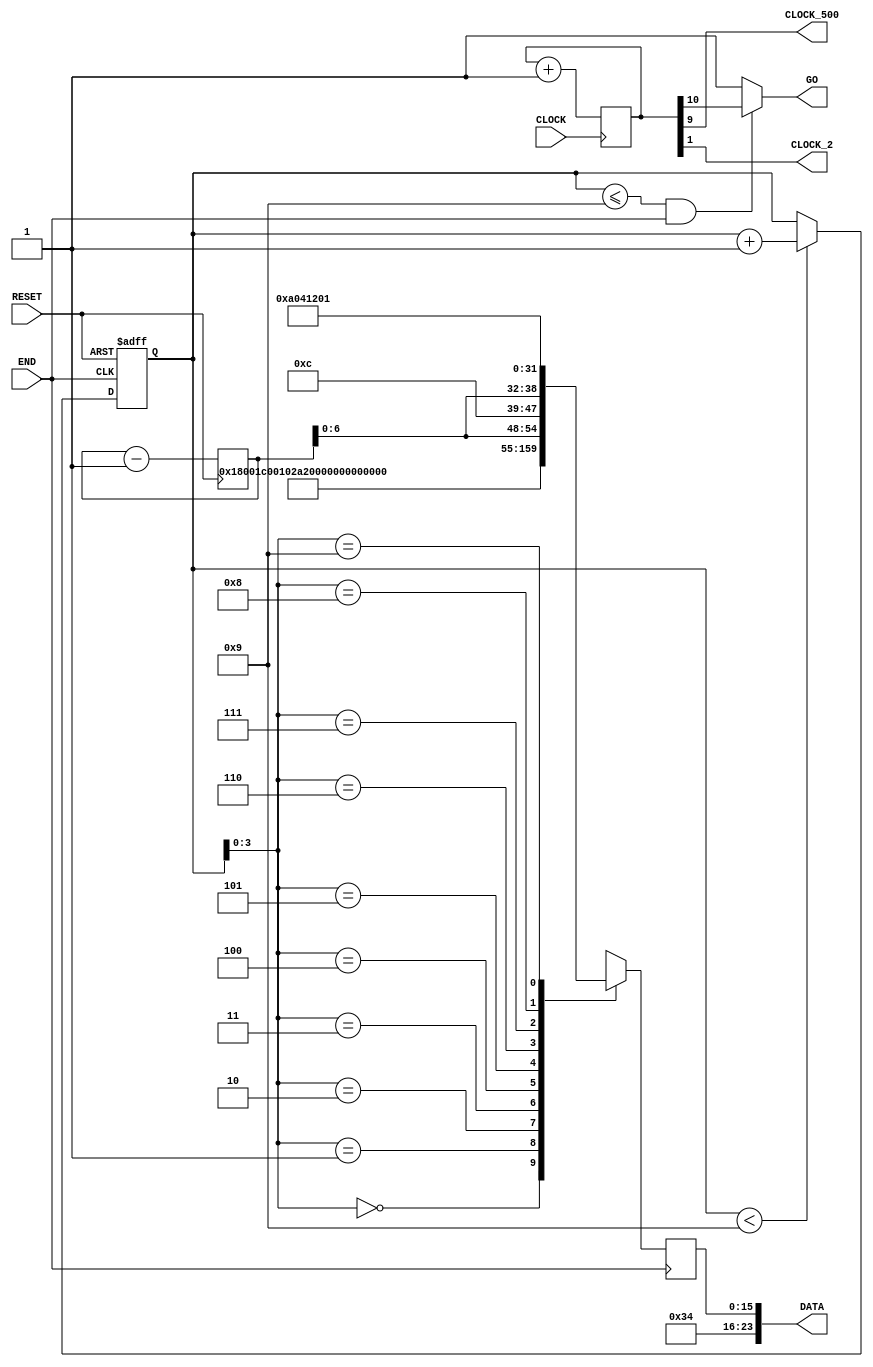
// --------------------------------------------------------------------
// Copyright (c) 2005 by Terasic Technologies Inc. 
// --------------------------------------------------------------------
//
// Permission:
//
//   Terasic grants permission to use and modify this code for use
//   in synthesis for all Terasic Development Boards and Altrea Development 
//   Kits made by Terasic.  Other use of this code, including the selling 
//   ,duplication, or modification of any portion is strictly prohibited.
//
// Disclaimer:
//
//   This VHDL or Verilog source code is intended as a design reference
//   which illustrates how these types of functions can be implemented.
//   It is the user's responsibility to verify their design for
//   consistency and functionality through the use of formal
//   verification methods.  Terasic provides no warranty regarding the use 
//   or functionality of this code.
//
// --------------------------------------------------------------------
//           
//                     Terasic Technologies Inc
//                     356 Fu-Shin E. Rd Sec. 1. JhuBei City,
//                     HsinChu County, Taiwan
//                     302
//
//                     web: http://www.terasic.com/
//
// --------------------------------------------------------------------
//
// Major Functions: I2C output data
//
// --------------------------------------------------------------------
//
// Revision History :
// --------------------------------------------------------------------
//   Ver  :| Author             :| Mod. Date :| Changes Made:
//   V1.0 :| Joe Yang           :| 05/07/10  :|      Initial Revision
// --------------------------------------------------------------------
`define rom_size 6'd9

module CLOCK_500 (
	CLOCK,
	CLOCK_500,
	DATA,
	END,
	RESET,
	GO,
	CLOCK_2
);
	input  CLOCK;
	input  END;
	input  RESET;
	output CLOCK_500;
	output [23:0]DATA;
	output GO;
	output CLOCK_2;


reg  [10:0]COUNTER_500;

wire  CLOCK_500=COUNTER_500[9];
wire  CLOCK_2=COUNTER_500[1];

reg  [15:0]ROM[`rom_size:0];
reg  [15:0]DATA_A;
reg  [5:0]address;
wire [23:0]DATA={8'h34,DATA_A};
	
wire  GO =((address <= `rom_size) && (END==1))? COUNTER_500[10]:1;
always @(negedge RESET or posedge END) begin
	if (!RESET) address=0;
	else 
	if (address < `rom_size) address=address+1;
end

reg [7:0]vol;

always @(posedge RESET) begin
	vol=vol-1;end


always @(posedge END) begin
//	ROM[0]= 16'h1e00;
	ROM[0]= 16'h0c00;	     //power down
	ROM[1]= 16'h0e00;	     //16
	ROM[2]= 16'h0815;	     //sound select
	
	ROM[3]= 16'h1000;		 //mclk
	
	ROM[4]= 16'h0017;		 //
	ROM[5]= 16'h0217;		 //
	ROM[6]= {8'h04,1'b0,vol[6:0]};		 //
	ROM[7]= {8'h06,1'b0,vol[6:0]};	     //sound vol
	ROM[8]= 16'h0a04;      //44.1khz
	//ROM[4]= 16'h1e00;		 //reset	
	ROM[`rom_size]= 16'h1201;//active
	DATA_A=ROM[address];
end

always @(posedge CLOCK ) begin
	COUNTER_500=COUNTER_500+1;
end

endmodule